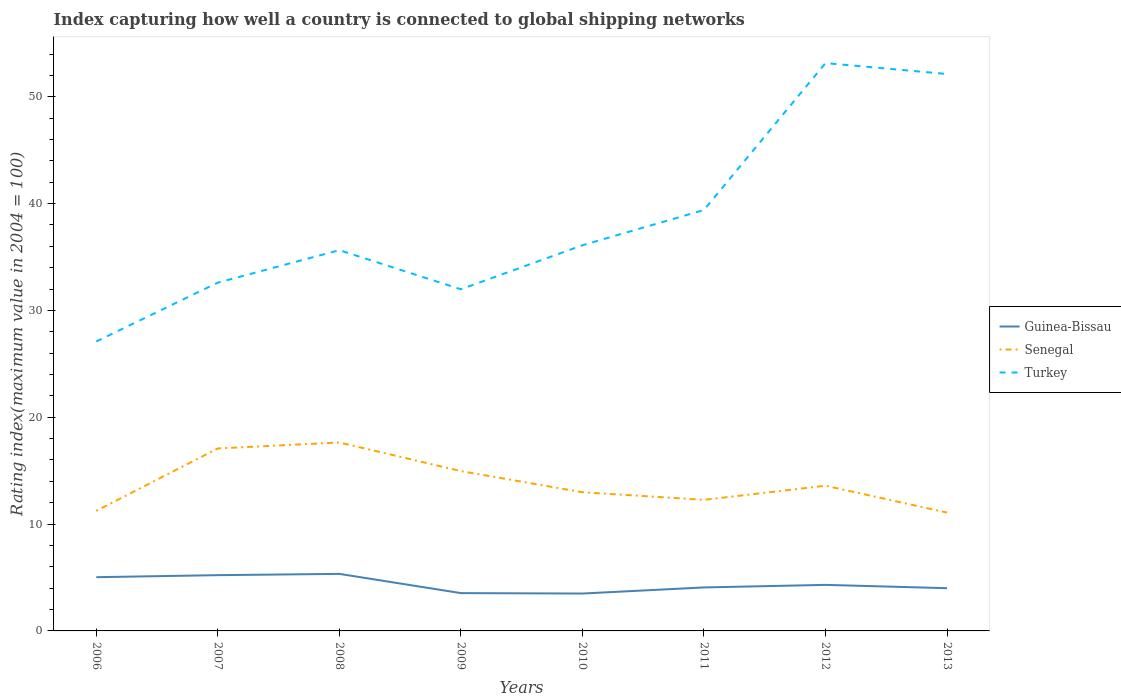
| Years | Guinea-Bissau | Senegal | Turkey |
 | --- | --- | --- | --- |
 | 2006 | 5.03 | 11.2 | 27.1 |
 | 2007 | 5.22 | 17.1 | 32.6 |
 | 2008 | 5.34 | 17.6 | 35.6 |
 | 2009 | 3.54 | 15 | 32 |
 | 2010 | 3.5 | 13 | 36.1 |
 | 2011 | 4.07 | 12.3 | 39.4 |
 | 2012 | 4.31 | 13.6 | 53.1 |
 | 2013 | 4 | 11.1 | 52.1 |